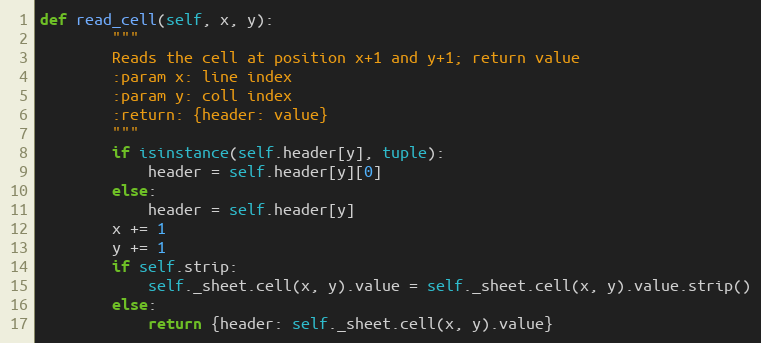
Language: Python
def read_cell(self, x, y):
        """
        Reads the cell at position x+1 and y+1; return value
        :param x: line index
        :param y: coll index
        :return: {header: value}
        """
        if isinstance(self.header[y], tuple):
            header = self.header[y][0]
        else:
            header = self.header[y]
        x += 1
        y += 1
        if self.strip:
            self._sheet.cell(x, y).value = self._sheet.cell(x, y).value.strip()
        else:
            return {header: self._sheet.cell(x, y).value}